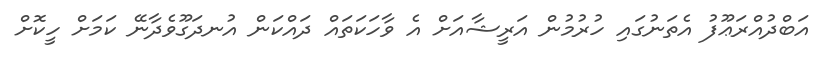
އަބްދުއްރަޢޫފު އެތަނުގައި ހުރުމުން އަރީޝާއަށް އެ ވާހަކަތައް ދައްކަން އުނދަގޫވެދާނޭ ކަމަށް ހީކޮށް